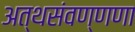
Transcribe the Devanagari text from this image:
अत्थसंवण्णणा